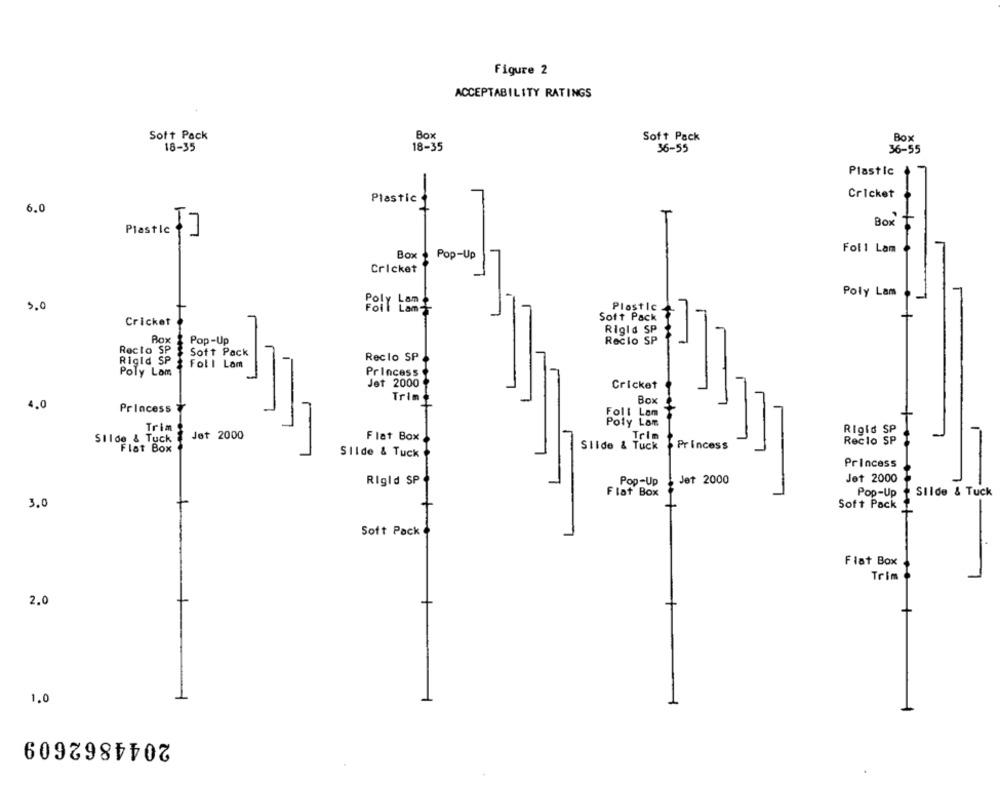
Figure 2
ACCEPTABILITY RATINGS
Soft Pack
Box
Soft Pack
Box
18-35
18-35
36-55
36-55
Plastic
Cricket
Plastic
6.0
Box
Plastic
Fol 1 Lam
Box
Pop-Up
Cricket
Poly Lam
5.0
Poly Lant
Plastic
Cricket
Soft Pack
Rigid SP
Rox
Pop-Up
Reclo SP
Recto SP
Soft Pack
Rigid SP
Reclo SP
Foll Lam
Poly Lom
Princess
Jet 2000
Cricket
Trin
Box
4.0
Princess
Poly Lom
Trim
Rigid SP
Silde & Tuck
Jet 2000
L
Flat Box
Reclo SP
Flat Box
Slide & Tuck
Princess
Silde & Tuck
Princess
Rigid SP
Pop -Up
Jet 2000
Jet 2000
Flat Box
Pop-Up
Slide & Tuck
3.0
Soft Pack
-
Soft Pack
Flat Box
Trim
2.0
1.0
2044862609